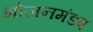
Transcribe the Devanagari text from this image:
भोजनमंडप